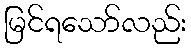
မြင်ရသော်လည်း